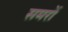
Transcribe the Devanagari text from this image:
समरों